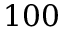
1 0 0